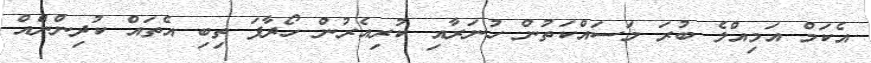
އެކަމް އަމިއްލެ ބުރަ މަސައްކަތުން ހުނަރާއި ކުރިއެރުން ހޯދާފަ ތިބި އެތައް ކުދިންނެްއް